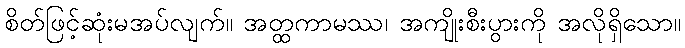
စိတ်ဖြင့်ဆုံးမအပ်လျက်။ အတ္ထကာမဿ၊ အကျိုးစီးပွားကို အလိုရှိသော။